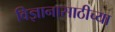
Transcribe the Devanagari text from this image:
विज्ञानासाठीच्या